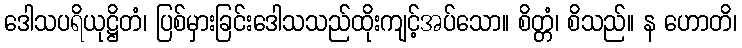
ဒေါသပရိယုဋ္ဌိတံ၊ ပြစ်မှားခြင်းဒေါသသည်ထိုးကျင့်အပ်သော။ စိတ္တံ၊ စိသည်။ န ဟောတိ၊